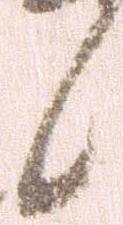
候